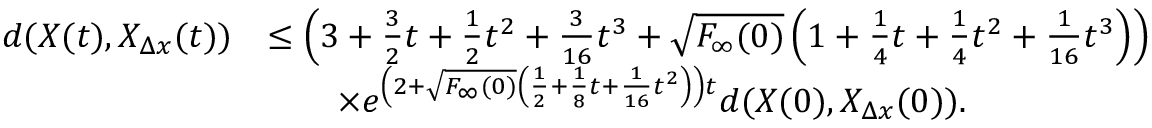
\begin{array} { r l } { d ( X ( t ) , X _ { \Delta x } ( t ) ) } & { \leq \left( 3 + \frac { 3 } { 2 } t + \frac { 1 } { 2 } t ^ { 2 } + \frac { 3 } { 1 6 } t ^ { 3 } + \sqrt { F _ { \infty } ( 0 ) } \left( 1 + \frac { 1 } { 4 } t + \frac { 1 } { 4 } t ^ { 2 } + \frac { 1 } { 1 6 } t ^ { 3 } \right) \right) } \\ & { \qquad \times e ^ { \left( 2 + \sqrt { F _ { \infty } ( 0 ) } \left( \frac { 1 } { 2 } + \frac { 1 } { 8 } t + \frac { 1 } { 1 6 } t ^ { 2 } \right) \right) t } d ( X ( 0 ) , X _ { \Delta x } ( 0 ) ) . } \end{array}